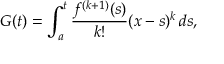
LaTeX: G ( t ) = \int _ { a } ^ { t } { \frac { f ^ { ( k + 1 ) } ( s ) } { k ! } } ( x - s ) ^ { k } \, d s ,